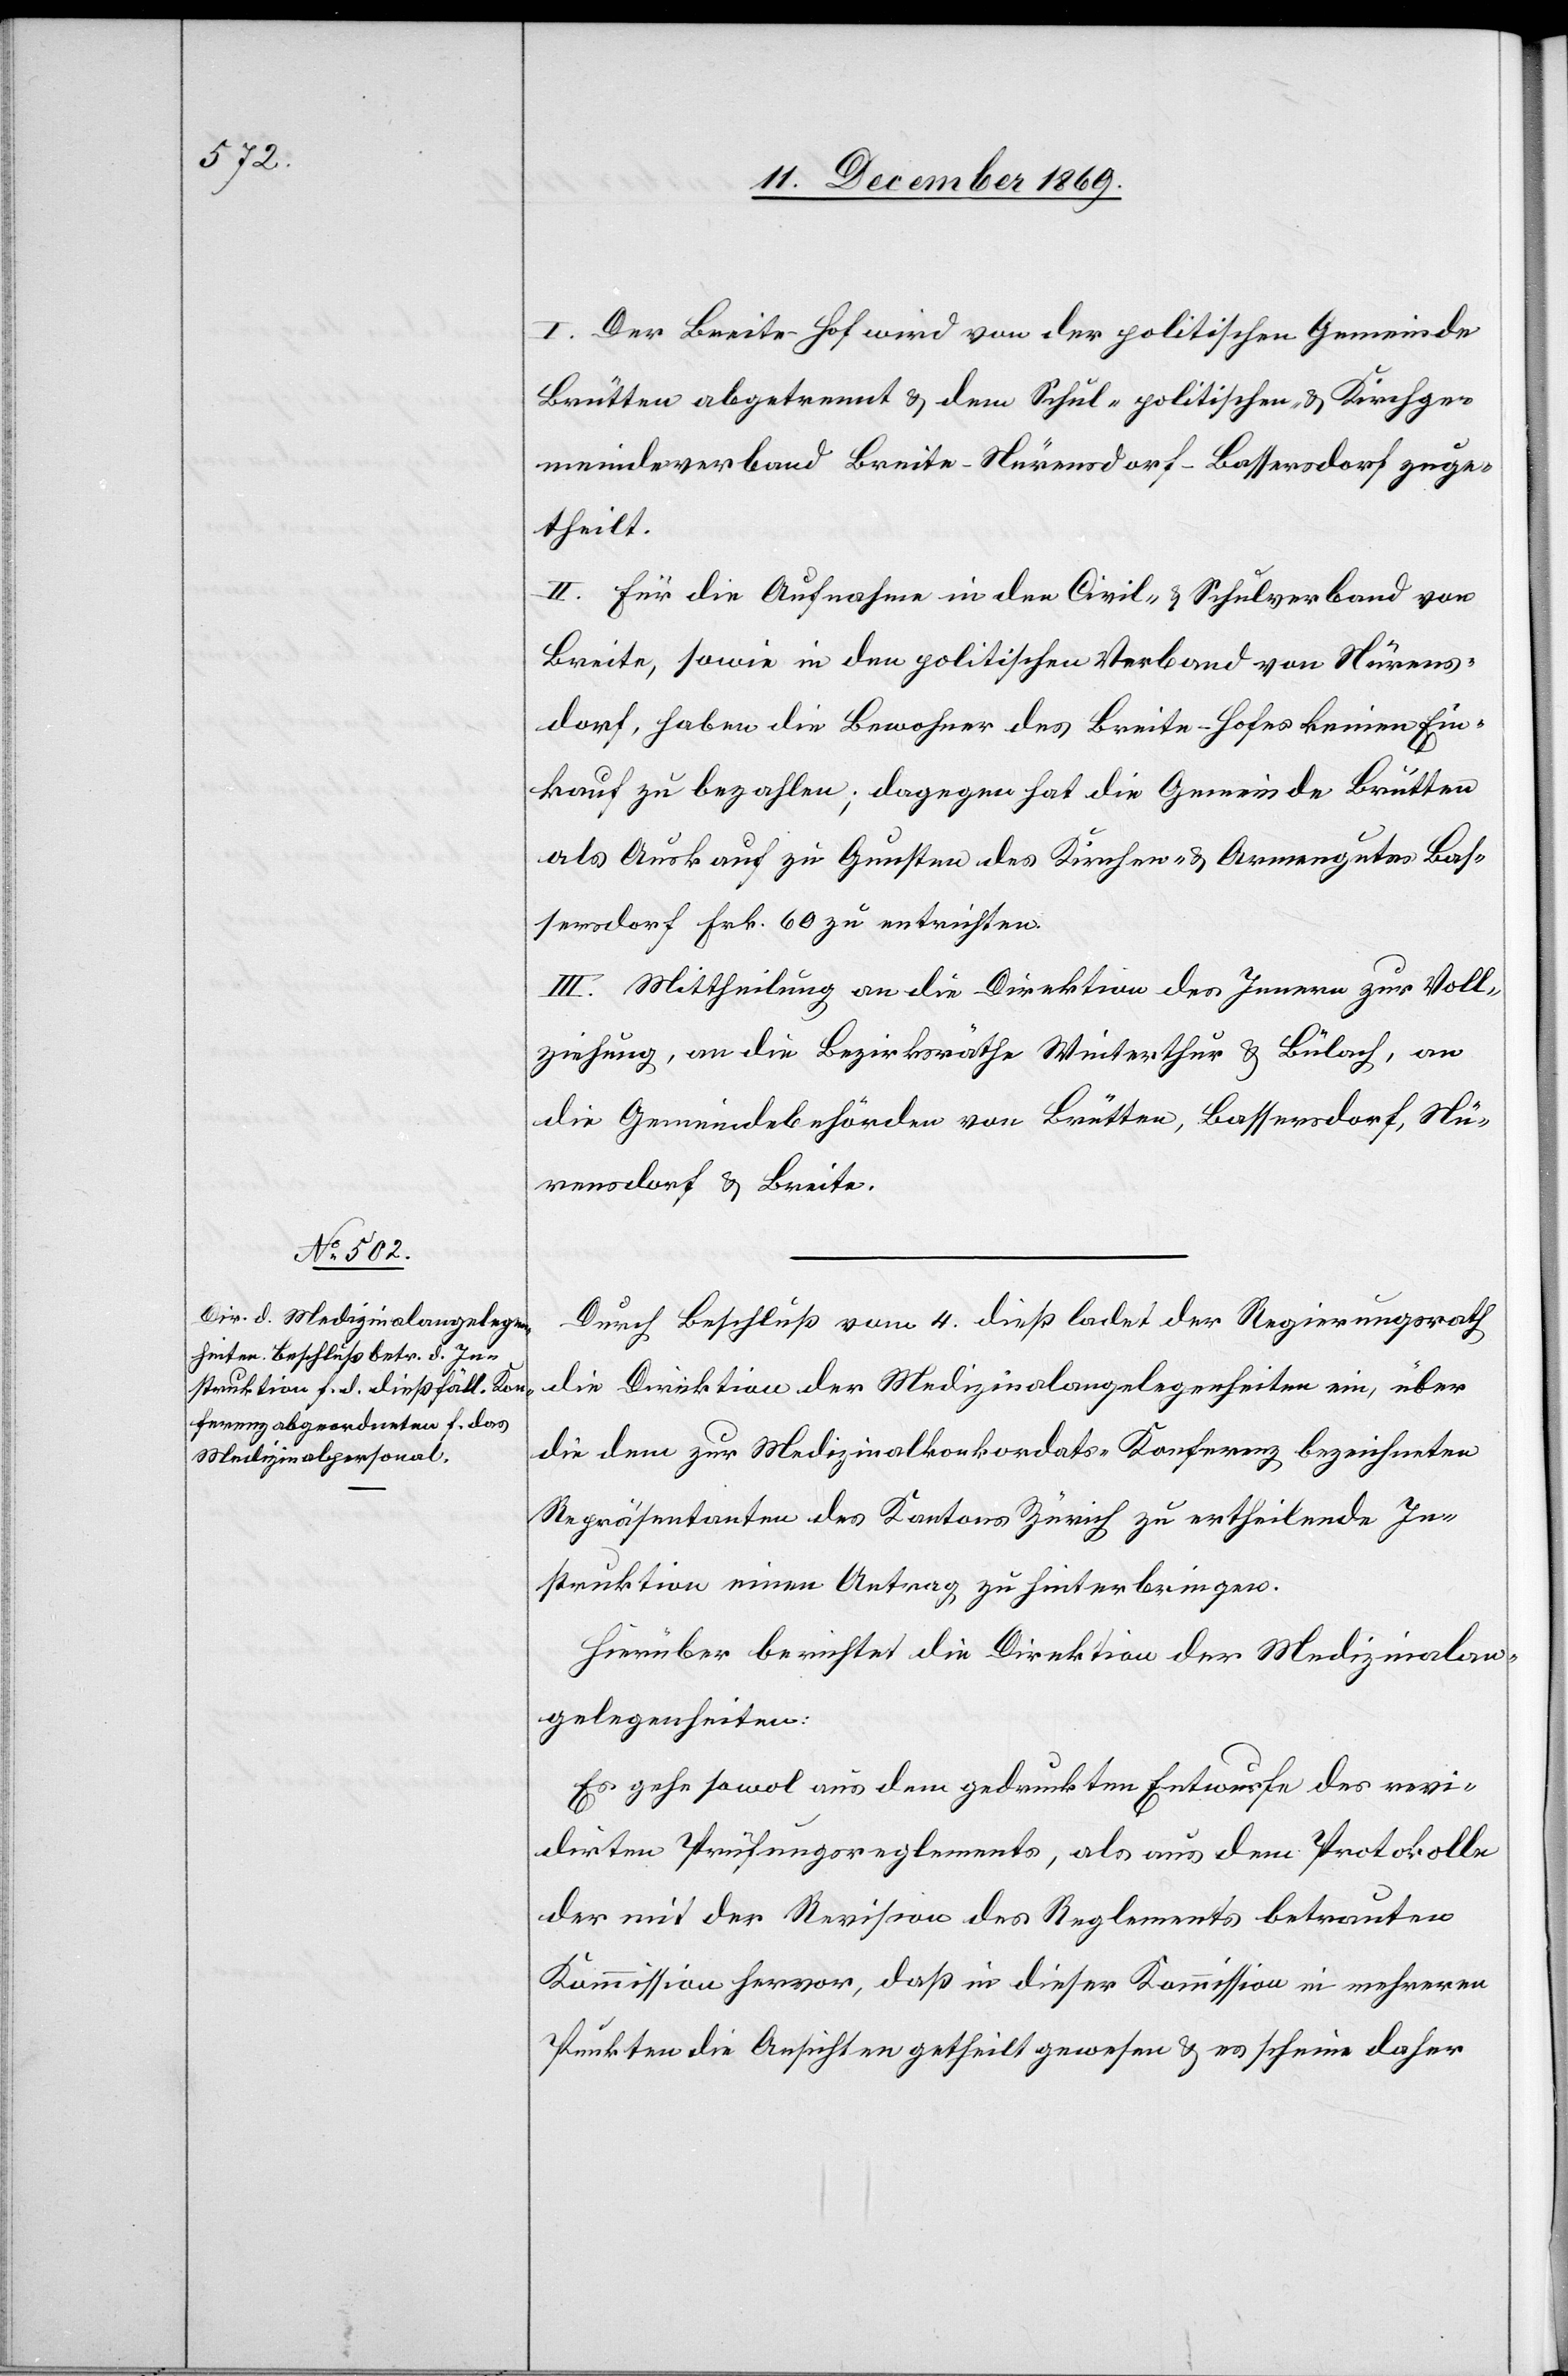
I. Der Breite-Hof wird von der politischen Gemeinde
Brütten abgetrennt & dem Schul-[,] politischen- & Kirchge¬
meindeverband Breite-Nürensdorf-Bassersdorf zuge¬
theilt.
II. Für die Aufnahme in den Civil- & Schulverband von
Breite, sowie in den politischen Verband von Nürens¬
dorf, haben die Bewohner des Breite-Hofes keinen Ein¬
kauf zu bezahlen; dagegen hat die Gemeinde Brütten
als Auskauf zu Gunsten des Kirchen- & Armengutes Bas¬
sersdorf Frk. 60 zu entrichten.
III. Mittheilung an die Direktion des Innern zur Voll¬
ziehung, an die Bezirksräthe Winterthur & Bülach, an
die Gemeindebehörden von Brütten, Bassersdorf, Nü¬
rensdorf & Breite.
Durch Beschluß vom 4. dieß ladet der Regierungsrath
die Direktion der Medizinalangelegenheiten ein, über
die dem zur Medizinalkonkordats-Konferenz bezeichneten
Repräsentanten des Kantons Zürich zu ertheilende In¬
struktion einen Antrag zu hinterbringen.
Hierüber berichtet die Direktion der Medizinalan¬
gelegenheiten:
Es gehe sowol aus dem gedruckten Entwurfe des revi¬
dirten Prüfungsreglements, als aus dem Protokolle
der mit der Revision des Reglements betrauten
Kommission hervor, daß in dieser Kommission in mehreren
Punkten die Ansichten getheilt gewesen & es scheine daher